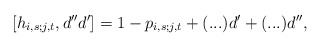
\begin{align*}[ h_{i,s;j,t}, d'' d' ] = 1- p_{i,s;j,t}+ (...) d' + (...)d'',\end{align*}